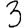
Digit: 3